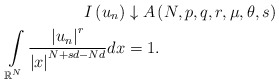
\begin{align*}I\left( u_{n}\right) & \downarrow A\left( N,p,q,r,\mu,\theta,s\right) \\\int\limits_{\mathbb{R}^{N}}\frac{\left\vert u_{n}\right\vert ^{r}}{\left\vert x\right\vert^{N+sd-Nd}}dx & =1.\end{align*}